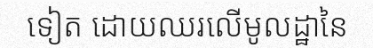
ទៀត ដោយឈរលើមូលដ្ឋានៃ